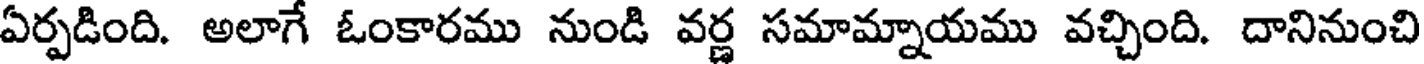
ఏర్పడింది. అలాగే ఓంకారము నుండి వర్ణ సమామ్నాయము వచ్చింది. దానినుంచి